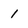
Character: 1